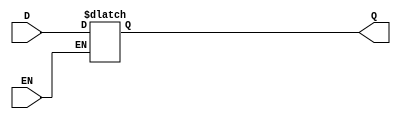
module async_gated_latch (
    input wire D,    // Data Input
    input wire EN,   // Enable Signal
    output reg Q     // Output
);

// Always block to model the behavior of the gated latch
always @(*) begin
    if (EN) begin
        Q = D;      // When EN is high, Q follows D
    end
    // When EN is low, Q retains its last value (no assignment needed)
end

endmodule